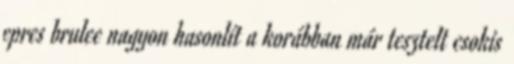
epres brulee nagyon hasonlít a korábban már tesztelt csokis